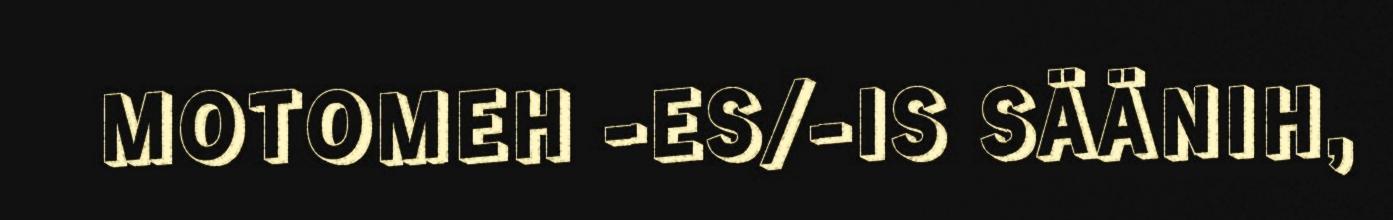
MOTOMEH -ES/-IS SÄÄNIH,